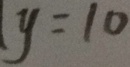
y = 1 0